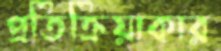
প্রতিক্রিয়াকার